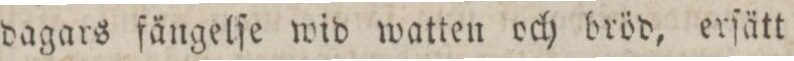
dagars fängelſe wid watten och bröd, erſätt